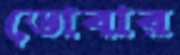
ডোবার